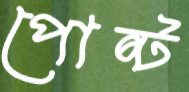
পোষ্ট